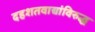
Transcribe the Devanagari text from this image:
दहशतवाद्यांविरुद्ध